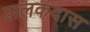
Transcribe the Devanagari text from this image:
ललकदास